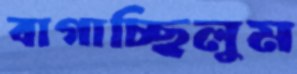
বাগাচ্ছিলুম